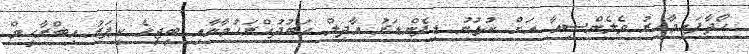
ހޯދާފައިވާއިރު ވެލެންސިއާ އަށް ކުޅުނު ޑިފެންޑަރު އާދިލް އަބުދުއްރަހުމާނާއި ބީޖީގެ ކީޕަރު އިބްރާހީމް